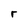
Character: r